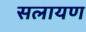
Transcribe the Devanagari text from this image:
सलायण